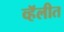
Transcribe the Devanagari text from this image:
व्हॅलीत